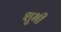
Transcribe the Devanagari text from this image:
शुभी